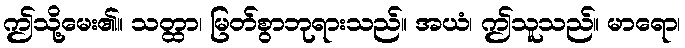
ဤသို့မေး၏။ သတ္ထာ၊ မြတ်စွာဘုရားသည်။ အယံ၊ ဤသူသည်။ မာရော၊